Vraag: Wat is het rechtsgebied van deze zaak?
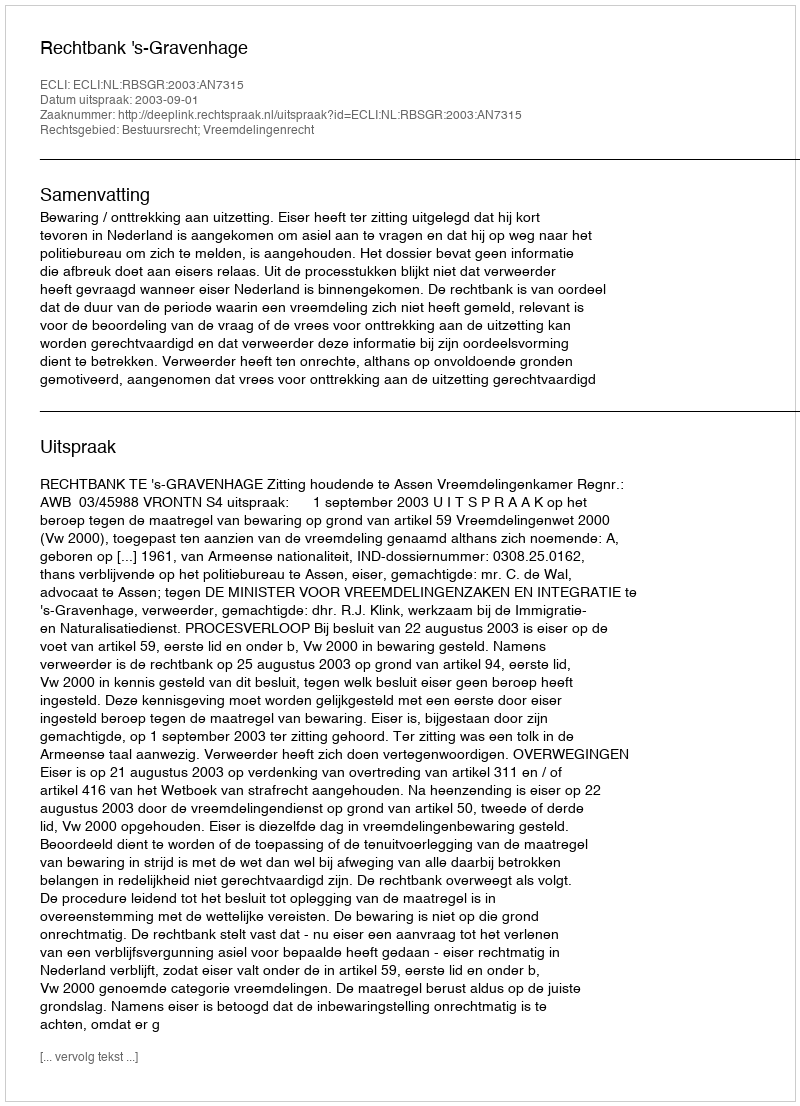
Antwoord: Bestuursrecht; Vreemdelingenrecht